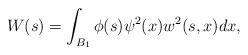
LaTeX: \begin{align*}W(s) = \int_{B_{1}}\phi(s)\psi^{2}(x)w^{2}(s,x)dx,\end{align*}